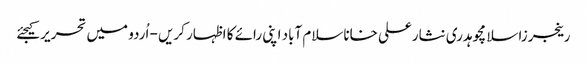
رینجرزاسلامچوہدری نثارعلی خاناسلام آباد اپنی رائے کا اظہار کریں - اُردو میں تحریر کیجئے